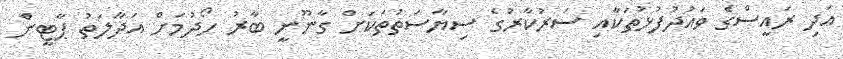
އަދި ރައީސްގެ ވައުދުފުޅުތަކާއި ސަރުކާރުގެ ސިޔާސަތުތަކަށް ގާނޫނީ ބާރު ހޯދުމަށް އަދާލަތު ޕާޓީން